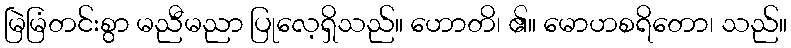
မြဲမြံတင်းစွာ မညီမညာ ပြုလေ့ရှိသည်။ ဟောတိ၊ ၏။ မောဟစရိတော၊ သည်။